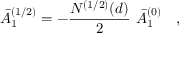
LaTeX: \bar { A } _ { 1 } ^ { ( 1 / 2 ) } = - { \frac { N ^ { ( 1 / 2 ) } ( d ) } { 2 } } ~ \bar { A } _ { 1 } ^ { ( 0 ) } ~ ~ ~ ,